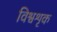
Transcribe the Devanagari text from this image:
विश्वशृक